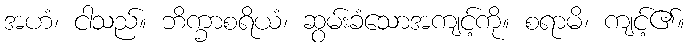
အဟံ၊ ငါသည်။ ဘိက္ခာစရိယံ၊ ဆွမ်းခံသောအကျင့်ကို။ စရာမိ၊ ကျင့်၏။